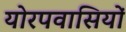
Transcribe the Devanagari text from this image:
योरपवासियों